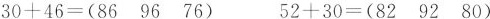
$$30+46= (86 96 76) $$ $$52+30= (82 92 80)$$